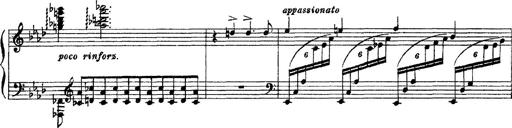
Title: 3 sonetti di Petrarca
Composer: Franz Liszt